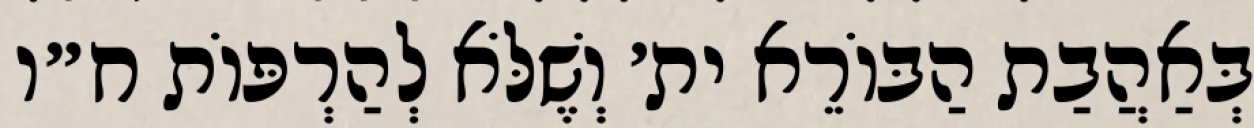
בְּאַהֲבַת הַבּוֹרֵא ית׳ וְשֶׁלֹּא לְהַרְפּוֹת ח״ו